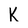
Character: K